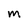
Character: m